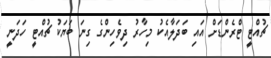
ޗުއްޓީ ޓްރެންޑަށް އައި ބަދަލާއެކު މިހާރު ދިވެހިންގެ ގިނަ ބަޔަކު ޗުއްޓީ ހަދަނީ